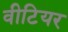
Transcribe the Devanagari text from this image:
वीटियर